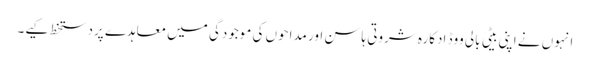
انہوں نے اپنی بیٹی بالی ووڈ ادکارہ شروتی ہاسن اور مداحوں کی موجودگی میں معاہدے پردستخط کیے۔